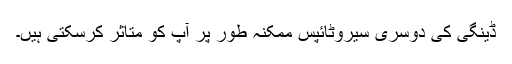
ڈینگی کی دوسری سیروٹائپس ممکنہ طور پر آپ کو متاثر کرسکتی ہیں۔